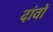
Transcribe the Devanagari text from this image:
दांवों